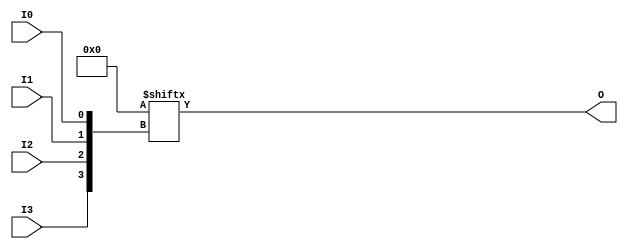
// $Header: /devl/xcs/repo/env/Databases/CAEInterfaces/verunilibs/data/unisims/LUT4.v,v 1.7 2007/05/23 21:43:39 patrickp Exp $
///////////////////////////////////////////////////////////////////////////////
// Copyright (c) 1995/2004 Xilinx, Inc.
// All Right Reserved.
///////////////////////////////////////////////////////////////////////////////
//   ____  ____
//  /   /\/   /
// /___/  \  /    Vendor : Xilinx
// \   \   \/     Version : 10.1
//  \   \         Description : Xilinx Functional Simulation Library Component
//  /   /                  4-input Look-Up-Table with General Output
// /___/   /\     Filename : LUT4.v
// \   \  /  \    Timestamp : Thu Mar 25 16:42:54 PST 2004
//  \___\/\___\
//
// Revision:
//    03/23/04 - Initial version.
//    02/04/05 - Rev 0.0.1 Replace premitive with function; Remove buf.
//    05/23/07 - Changed timescale to 1 ps / 1 ps.

`timescale  1 ps / 1 ps


module LUT4 (O, I0, I1, I2, I3);

  parameter INIT = 16'h0000;

  input I0, I1, I2, I3;

  output O;

  reg O;
  reg tmp;

  always @(  I3 or  I2 or  I1 or  I0 )  begin
 
    tmp =  I0 ^ I1  ^ I2 ^ I3;

    if ( tmp == 0 || tmp == 1)

        O = INIT[{I3, I2, I1, I0}];

    else 
    
      O =  lut4_mux4 ( {lut4_mux4 ( INIT[15:12], {I1, I0}),
                          lut4_mux4 ( INIT[11:8], {I1, I0}),
                          lut4_mux4 ( INIT[7:4], {I1, I0}),
                          lut4_mux4 ( INIT[3:0], {I1, I0}) }, {I3, I2});
  end

  function lut4_mux4;
  input [3:0] d;
  input [1:0] s;
   
  begin

       if ((s[1]^s[0] ==1) || (s[1]^s[0] ==0))
           
           lut4_mux4 = d[s];

         else if ((d[0] === d[1]) && (d[2] === d[3]) && (d[0] === d[2])) 
           lut4_mux4 = d[0];
         else if ((s[1] == 0) && (d[0] === d[1]))
           lut4_mux4 = d[0];
         else if ((s[1] == 1) && (d[2] === d[3])) 
           lut4_mux4 = d[2];
         else if ((s[0] == 0) && (d[0] === d[2])) 
           lut4_mux4 = d[0];
         else if ((s[0] == 1) && (d[1] === d[3]))
           lut4_mux4 = d[1];
         else
           lut4_mux4 = 1'bx;
   end
  endfunction

endmodule